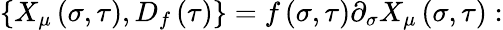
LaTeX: \left\{ X_{\mu}\left(\sigma,\tau\right),D_{f}\left(\tau\right)\right\} =f\left(\sigma,\tau\right)\partial_{\sigma}X_{\mu}\left(\sigma,\tau\right):